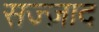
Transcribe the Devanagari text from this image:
सज्ज़ाद